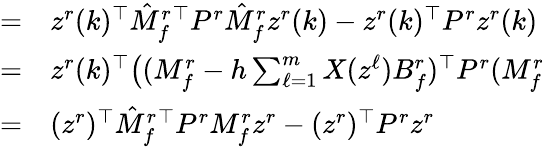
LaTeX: \begin{array}{rl}{=}&{{}z^{r}(k)^{\top}\hat{M}_{f}^{r}{}^{\top}P^{r}\hat{M}_{f}^{r}z^{r}(k)-z^{r}(k)^{\top}P^{r}z^{r}(k)}\\ {=}&{{}z^{r}(k)^{\top}\big((M_{f}^{r}-h\textstyle\sum_{\ell=1}^{m}X(z^{\ell})B_{f}^{r})^{\top}P^{r}(M_{f}^{r}}\\ {=}&{{}(z^{r})^{\top}\hat{M}_{f}^{r}{}^{\top}P^{r}M_{f}^{r}z^{r}-(z^{r})^{\top}P^{r}z^{r}}\end{array}